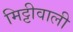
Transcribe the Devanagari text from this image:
मिट्टीवाली